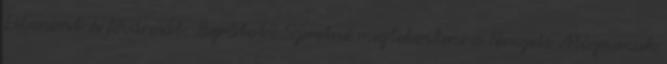
Libanont és fővárosát, Bejrútot? Szeretné megtekinteni a Nemzeti Múzeumuk